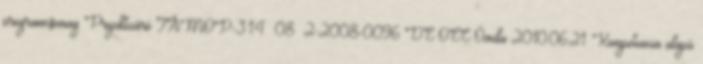
programcsomag Projektzáró TÁMOP-3.1.4 08 2-2008-0096 DE OEC Óvoda 2010.06.21. Kompetencia alapú